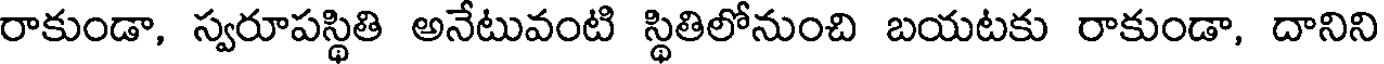
రాకుండా, స్వరూపస్థితి అనేటువంటి స్థితిలోనుంచి బయటకు రాకుండా, దానిని